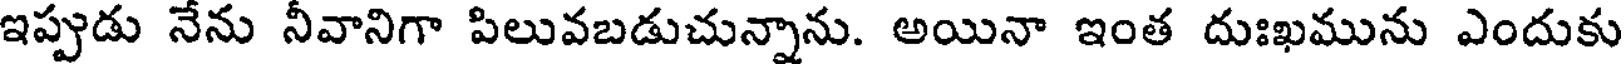
ఇప్పుడు నేను నీవానిగా పిలువబడుచున్నాను. అయినా ఇంత దుఃఖమును ఎందుకు